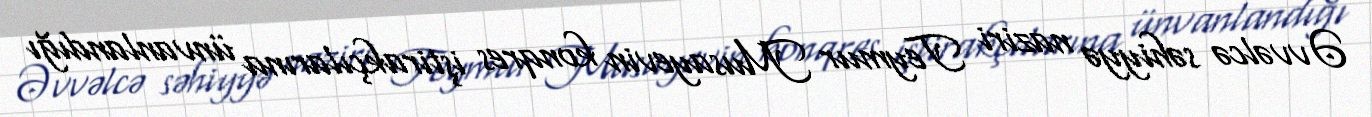
Əvvəlcə səhiyyə naziri Teymur Musayevin konqres iştirakçılarına ünvanlandığı